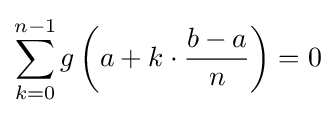
\sum _{k=0}^{n-1}g\left(a+k\cdot {\dfrac {b-a}{n}}\right)=0